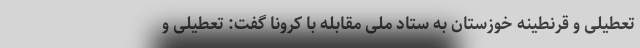
تعطیلی و قرنطینه خوزستان به ستاد ملی مقابله با کرونا گفت: تعطیلی و